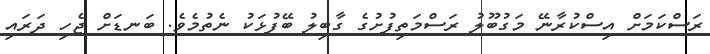
ރަސްކަމަށް އިސްކުރާނޭ މަގުބޫލު ރަސްމަތިފުށުގެ ގާބިލު ބޭފުޅަކު ނެތުމެވެ. ބަނޑަށް ޖެހި ދަރައި